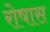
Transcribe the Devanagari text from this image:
रोषास